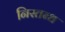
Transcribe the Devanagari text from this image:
निस्तब्ध